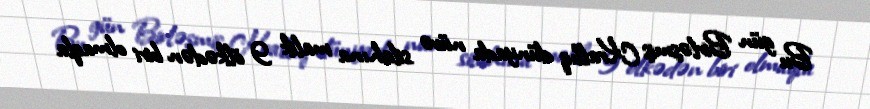
Bu gün Birləşmiş Krallıq dünyada nüvə silahına malik 9 ölkədən biri olmaqla